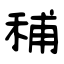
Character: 秿